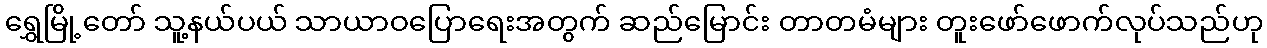
ရွှေမြို့တော် သူ့နယ်ပယ် သာယာဝပြောရေးအတွက် ဆည်မြောင်း တာတမံများ တူးဖော်ဖောက်လုပ်သည်ဟု